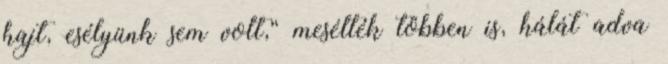
hajt, esélyünk sem volt,“ mesélték többen is, hálát adva